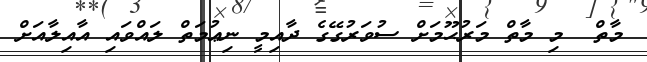
މާތް  މި މާތް މަރުޙޫމަށް ސުވަރުގޭގެ ދާއިމީ ނިޢުމަތް ލައްވައި އާއިލާއަށް